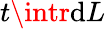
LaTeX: t\intr\mathrm{d}L